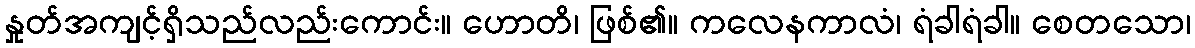
နှုတ်အကျင့်ရှိသည်လည်းကောင်း။ ဟောတိ၊ ဖြစ်၏။ ကလေနကာလံ၊ ရံခါရံခါ။ စေတသော၊